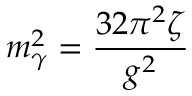
m _ { \gamma } ^ { 2 } = \frac { 3 2 \pi ^ { 2 } \zeta } { g ^ { 2 } }